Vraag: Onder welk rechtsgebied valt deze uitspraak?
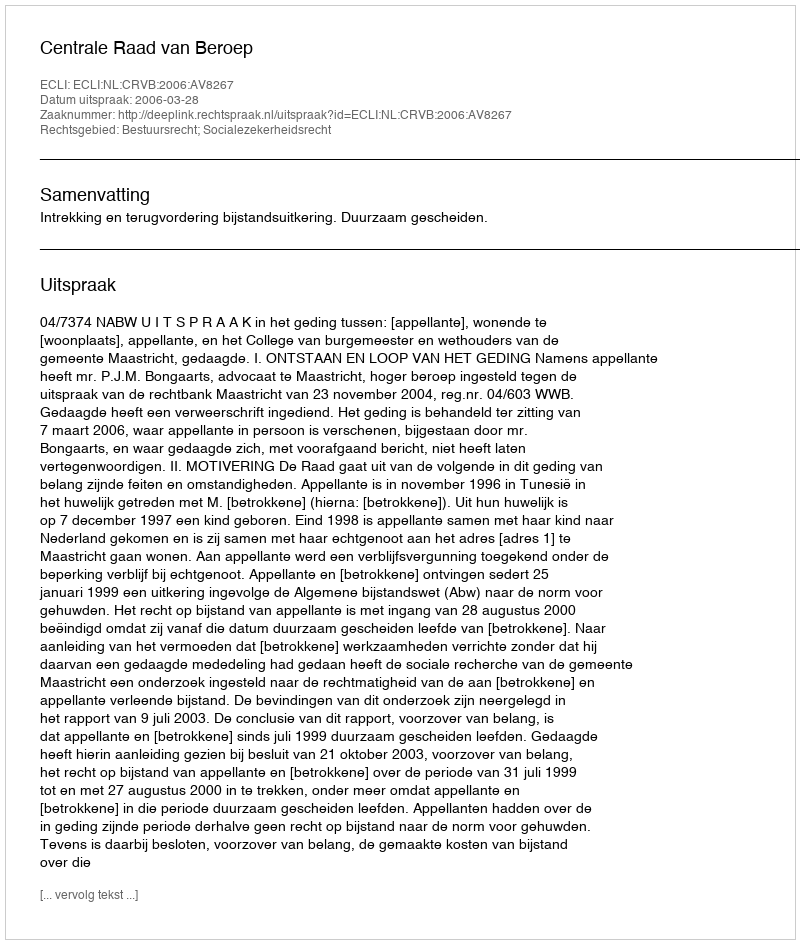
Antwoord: Bestuursrecht; Socialezekerheidsrecht